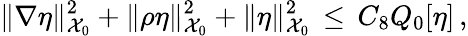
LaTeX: \| \nabla\eta\| _{\mathcal{X}_{0}}^{2}+\| \rho\eta\| _{\mathcal{X}_{0}}^{2}+\| \eta\| _{\mathcal{X}_{0}}^{2}\, \le\, C_{8}Q_{0}[\eta]\, ,